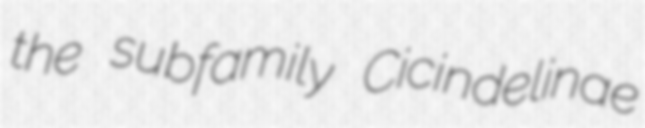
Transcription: the subfamily Cicindelinae